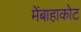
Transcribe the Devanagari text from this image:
मेंबाहाकोट